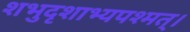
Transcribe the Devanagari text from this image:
शभुदृशाभ्यपश्मत्।